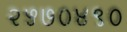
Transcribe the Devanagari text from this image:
२५७०४९०